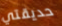
حديقتي